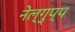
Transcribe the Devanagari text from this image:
नेल्गुप्प